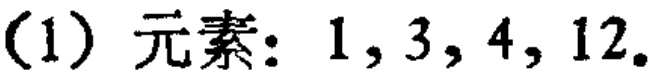
(1) 元素：$1,3,4,12$.